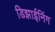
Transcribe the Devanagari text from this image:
डिझाईनिंग